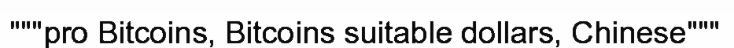
"""pro Bitcoins, Bitcoins suitable dollars, Chinese"""